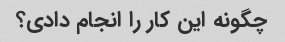
چگونه این کار را انجام دادی؟